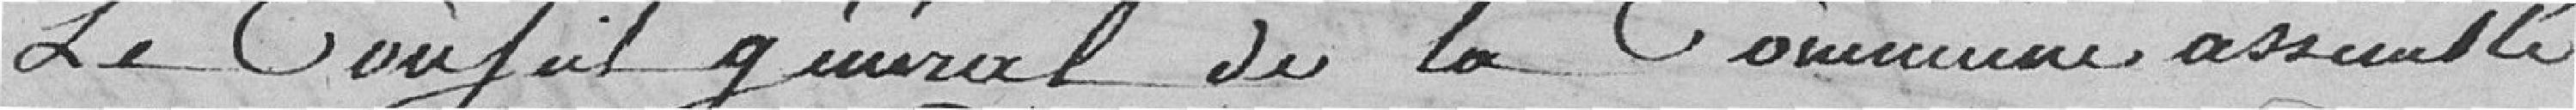
Le Conseil Général de la commune assemblé